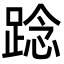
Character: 踗